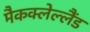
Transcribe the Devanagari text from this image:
मैकक्लेल्लैंड